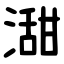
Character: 㵇